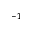
^ { - 1 }